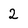
Character: 2